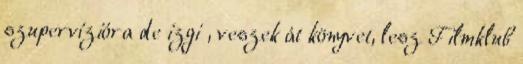
szupervízióra de izgi , veszek át könyvet, lesz Filmklub